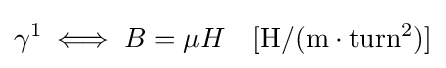
\gamma ^{1}\iff B=\mu H\quad \mathrm {[H/(m\cdot {turn}^{2})]}